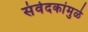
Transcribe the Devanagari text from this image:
संवेदकांमुळे